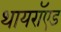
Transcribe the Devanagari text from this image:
थायरॉएड